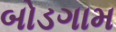
બોડગામ